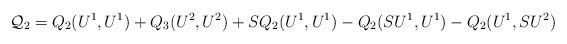
\begin{align*} \mathcal{Q}_2 = Q_2(U^1, U^1) + Q_3(U^2, U^2) + SQ_2(U^1,U^1)- Q_2(SU^1, U^1) - Q_2(U^1, SU^2)\end{align*}